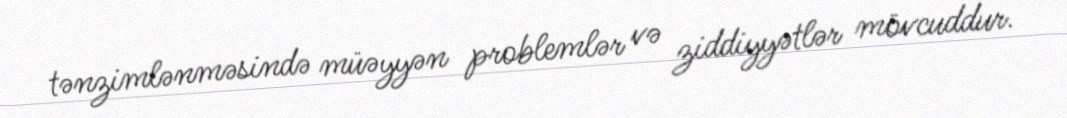
tənzimlənməsində müəyyən problemlər və ziddiyyətlər mövcuddur.